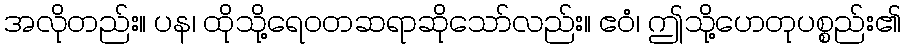
အလိုတည်း။ ပန၊ ထိုသို့ရေဝတဆရာဆိုသော်လည်း။ ဧဝံ၊ ဤသို့ဟေတုပစ္စည်း၏